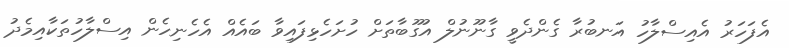
އެފަހަރު އެއިސްލާހު އަނބުރާ ގެންދެވީ ގާނޫނުލް އުގޫބާތަށް ހުށަހެޅިފައިވާ ބައެއް އެހެނިހެން އިސްލާހުތަކާއިމެދު